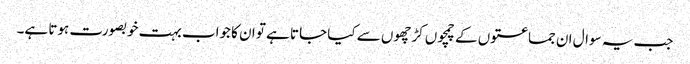
جب یہ سوال ان جماعتوں کے چمچوں کڑچھوں سے کیا جاتا ہے تو ان کا جواب بہت خوبصورت ہوتا ہے۔